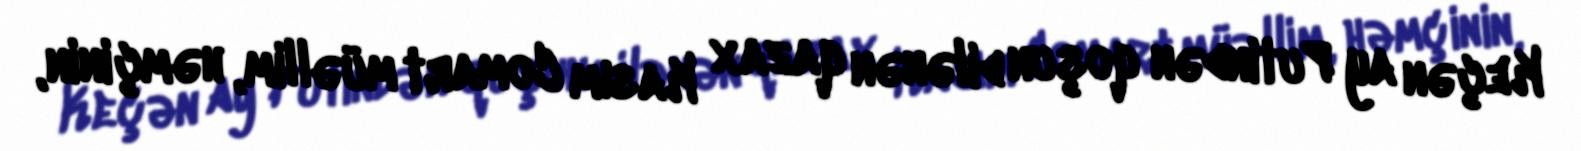
Keçən ay Putindən qoşun dilənən qazax Kasım Comart müəllim, həmçinin,